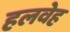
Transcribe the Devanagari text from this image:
हलवेह